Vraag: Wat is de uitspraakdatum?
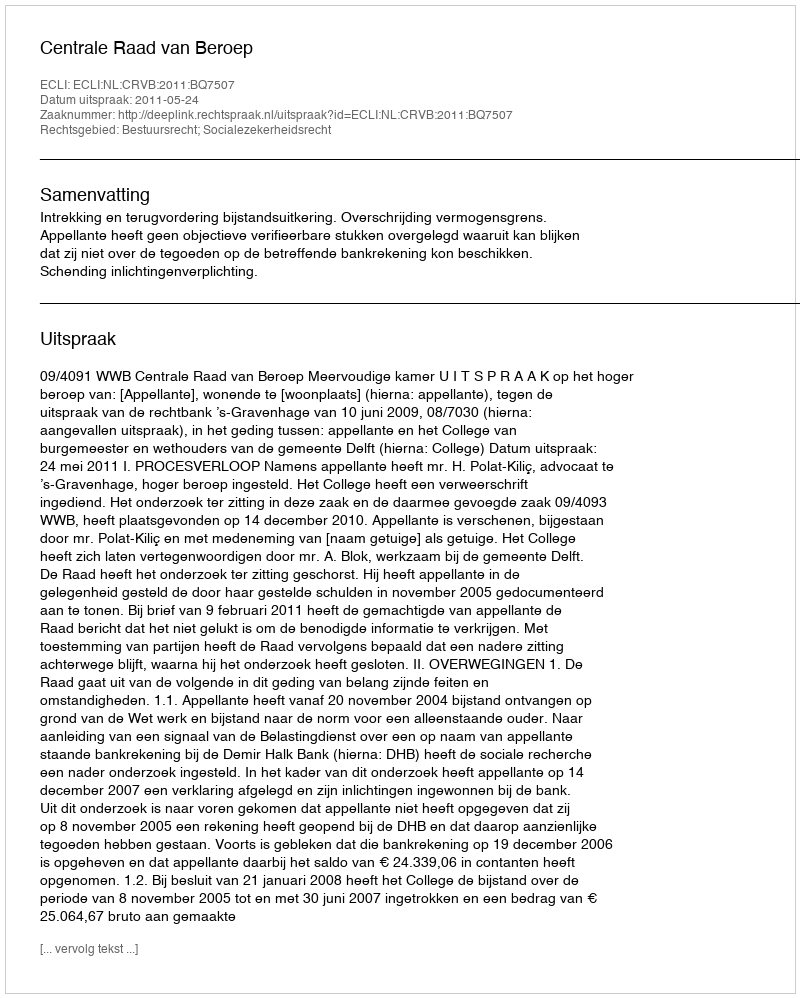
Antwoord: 2011-05-24